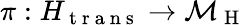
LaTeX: \pi:H_{\mathrm{~t~r~a~n~s~}}\to\mathcal{M}_{\mathrm{~H~}}